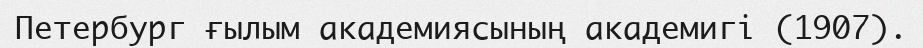
Петербург ғылым академиясының академигі (1907).